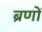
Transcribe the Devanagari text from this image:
ब्रणों